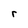
Character: r